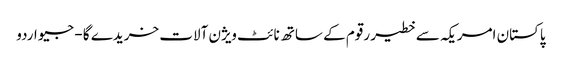
پاکستان امریکہ سے خطیر رقوم کے ساتھ نائٹ ویژن آلات خریدے گا - جیو اردو